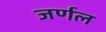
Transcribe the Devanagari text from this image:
जर्णल